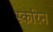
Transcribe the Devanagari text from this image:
स्करिन